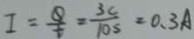
I = \frac { Q } { t } = \frac { 3 c } { 1 0 s } = 0 . 3 A